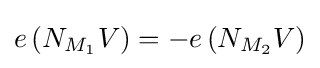
e\left(N_{M_{1}}V\right)=-e\left(N_{M_{2}}V\right)